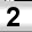
Digit: 2